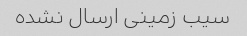
سیب زمینی ارسال نشده